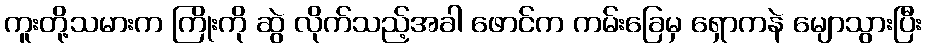
ကူးတို့သမားက ကြိုးကို ဆွဲ လိုက်သည့်အခါ ဖောင်က ကမ်းခြေမှ ရှောကနဲ မျောသွားပြီး